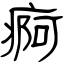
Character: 痾